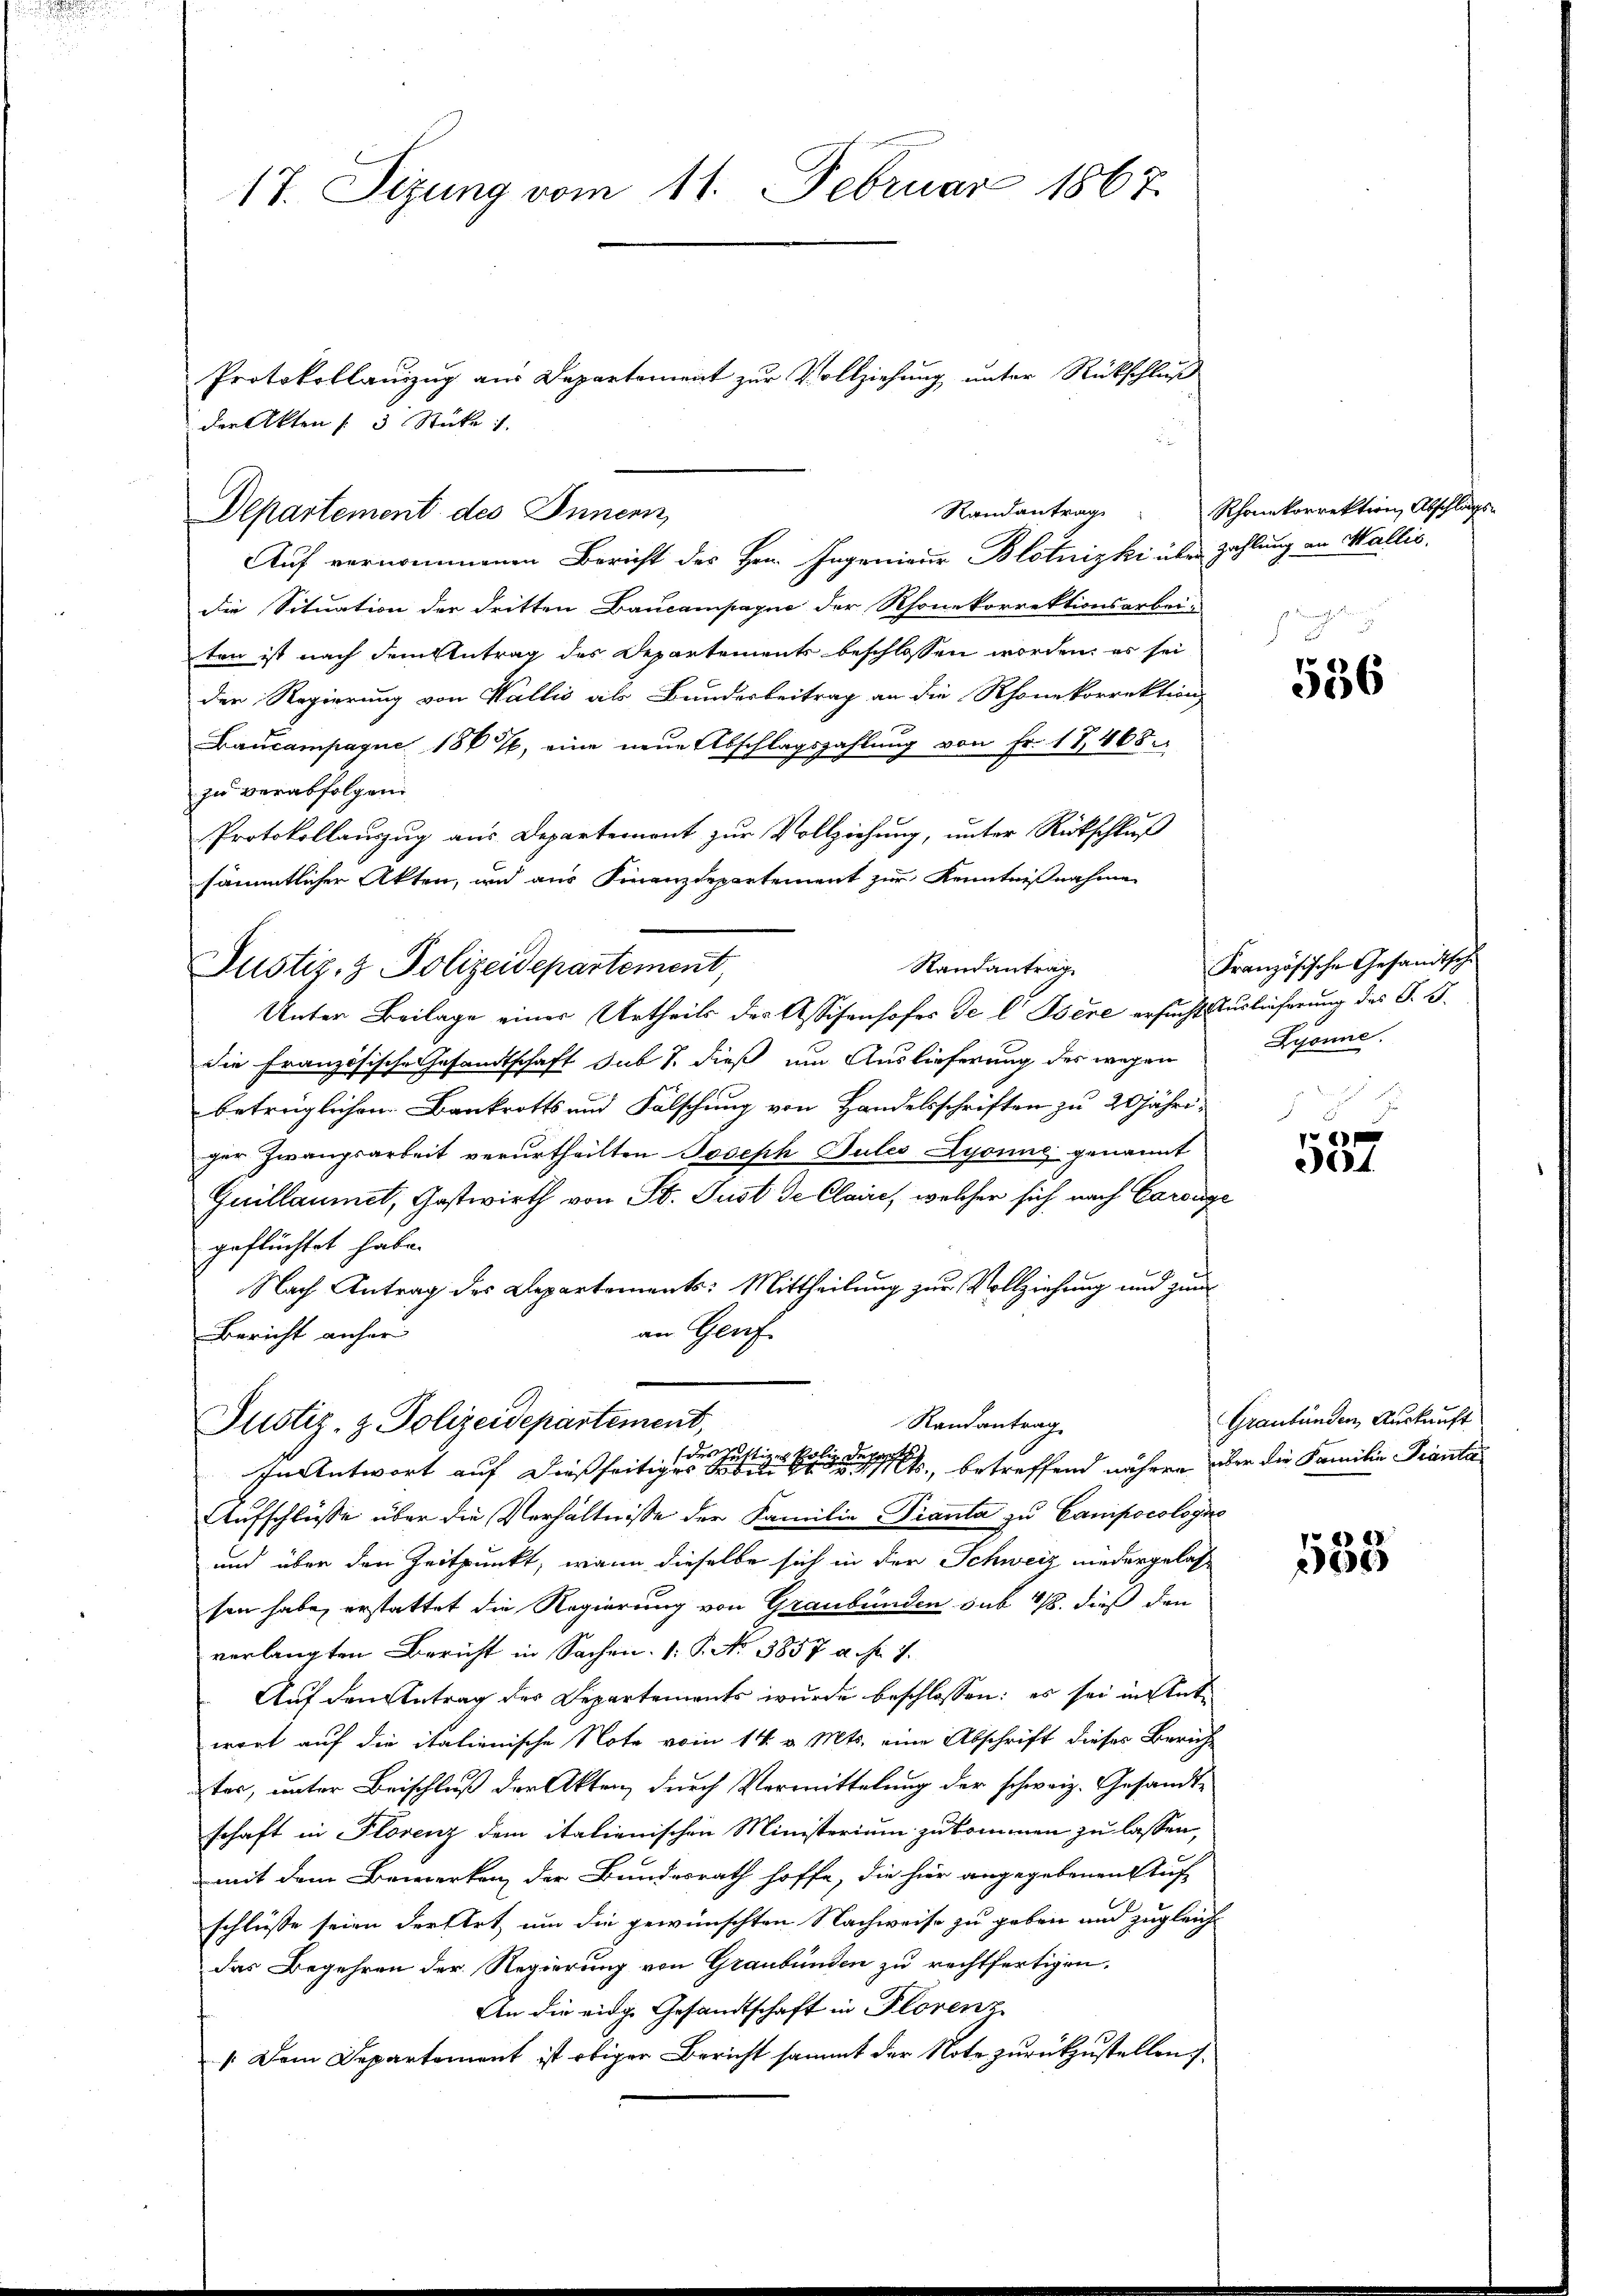
17. Sizung vom 11. Februar 1867.

Auf vernommenen Bericht des Herr Ingenieur Blotnizki über Zahlung an Wallis,
die Situation der dritten Baucampagne der Rhonekorrektionsarbei-
ten ist nach dem Antrag des Departements beschlossen worden, es sei
der Regierung von Wallis als Bundesbeitrag an die Rhonekorrektions
Daucampagne 1867, eine neue Abschlagszahlung von Fr. 17,468.
zu verabfolgen.
Protokollauszug aus Departemont zur Vollziehung, unter Rückschluß
sämmtlicher Akten, und aus Finanzdepartement zur Kenntnißnahme
Randantrag
Justiz- & Polizeidepartement,
Unter Beilage einer Urtheils des Assisenhofes de l Psere ersucht Auslieferung des O. S.
die Französische Gesandtschaft sub 7. dieß um Auslieferung des wegen
betrüglichen Bankrotts und Fälschung von Handelsschriften zu 20jähriger Zwangsarbeit verurtheilten Joseph Jules Lyonne genannt
Guillaumet, Gastwirth von St. Just de Claire, welcher sich nach Cardinge
geflüchtet habe.
Nach Antrag des Departements: Mittheilung zur Vollziehung und zum
an Genf
Bericht anher
Randantrag
Justiz- & Polizeidepartement,
In Antwort auf dießseitigen sie betreffend nähren über die Familie Pranta
Aufschlüsse über die Verhältnisse der Familie Pianta zu Camipocologis
und über den Zeitpunkt, wenn dieselbe sich in der Schweiz niedergelassen habe, erstattet die Regierung von Graubünden sub 18. dieß den
verlangten Bericht in Sachen. 1. P. Nr. 3857 u. fr. 7.
Auf den Antrag des Departements wurde beschlossen: es sei in Antwort auf die italienische Note vom 14. v. Mts. eine Abschrift dieses Bericht
ter, unter Beischluß der Akten, durch Vermittelung der schweiz. Gesandtschaft in Florenz dem italienischen Ministerium zukommen zu lassen,
mit dem Bewerken der Bundesrath hoffe, die für angegebenen Stuf
schlüsse seien der Art, um die gewünschten Nachweise zu geben und zugleich
das Begehren der Regierung von Graubünden zu rechtfertigen.
An die eidge Gesandtschaft in Florenz
 Dem Departement ist obiger Bericht sammt der Note zurückzustellen.

der Akten 3 Stücke
Departement des Innern,

Protokollanzzug aus Departement zur Vollziehung unter Rückschluß

Randantrag Rhonekorrektion, Abschlags

536

Französische Gesandtschi
Zyonne.

e
.

Graubünden Auskunft

7e« d
264